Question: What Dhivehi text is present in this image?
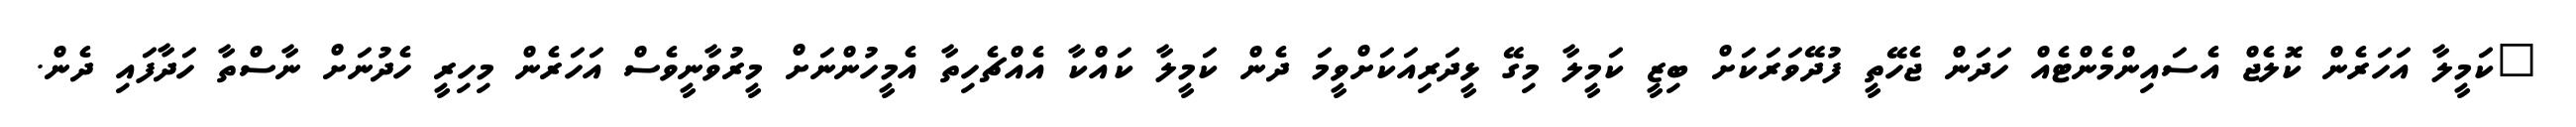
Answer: "ކަމީލާ އަހަރެން ކޮލެޖް އެސައިންމެންޓެއް ހަދަން ޖެހޭތީ ފުދޭވަރަކަށް ބިޒީ ކަމީލާ މިގޭ ޅީދަރިއަކަށްވީމަ ދެން ކަމީލާ ކައްކާ އެއްޗެހިތާ އެމީހުންނަށް މީރުވާނީވެސް އަހަރެން މިހިރީ ހެދުނަށް ނާސްތާ ހަދާފައި ދެން.